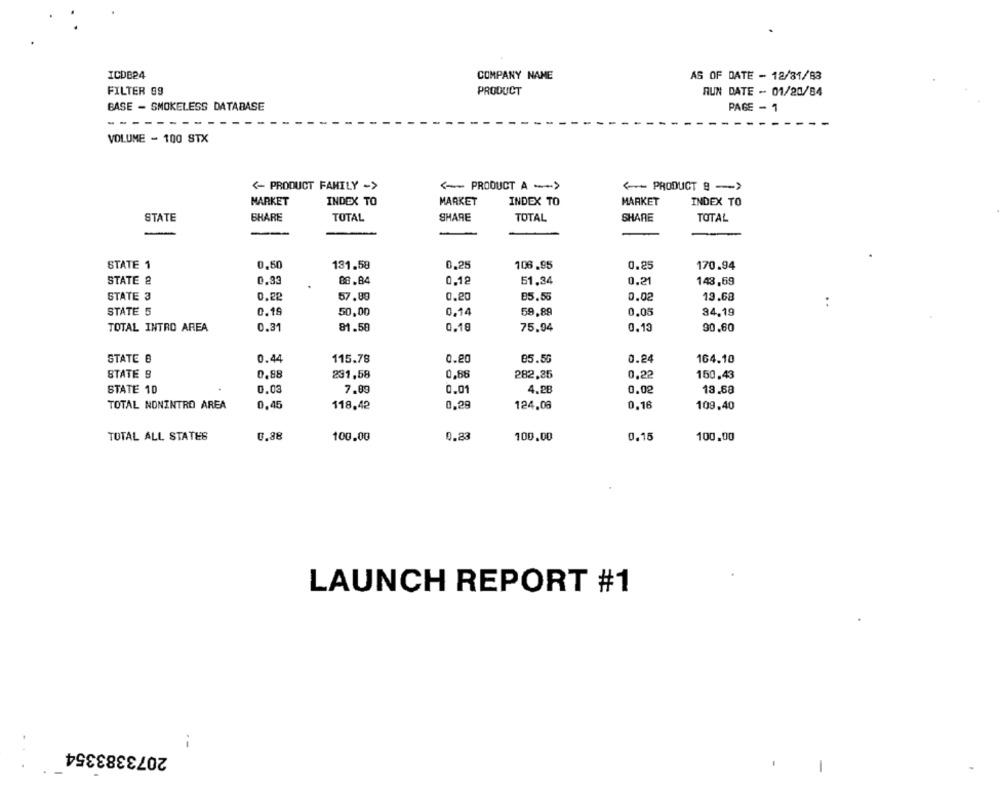
ICDB24
COMPANY NAME
AS OF DATE - 12/81/83
FILTER 89
PRODUCT
RUN DATE - 01/20/84
BASE - SMOKELESS DATABASE
PAGE - 1
--------
VOLUME - 100 STX
<- PRODUCT FAMILY ->
<-- PRODUCT A --- >
<-- PRODUCT B -- >
MARKET
INDEX TO
MARKET
INDEX TO
MARKET
INDEX TO
STATE
SHARE
TOTAL
SHARE
TOTAL
SHARE
TOTAL
-
-
STATE 1
0,50
131.58
0,25
106.95
0.25
170.94
STATE &
0.93
88.84
0.12
51,34
0.21
143,69
STATE 3
0.22
57.80
0.20
85.55
0.02
13.68
..
STATE 5
0.16
50,00
0,14
59.89
0.05
34,19
TOTAL INTRO AREA
0.31
81.58
0.18
75.94
0.13
90.60
STATE 8
0.44
115.78
0.20
85.50
0.24
164.10
STATE 9
0,88
231,58
0,88
282.25
0.22
150,43
STATE 10
0,03
7.89
0.01
4.28
0.02
18.88
0.29
TOTAL NONINTRO AREA
0,45
118.42
124.06
0.16
109,40
TOTAL ALL STATES
0,88
100.00
0.33
100.00
0.15
100,00
LAUNCH REPORT #1
--
2073383354
-